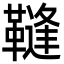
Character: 䩼